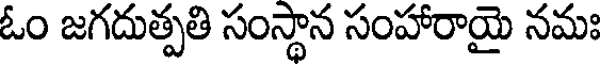
ఓం జగదుత్పతి సంస్థాన సంహారాయై నమః